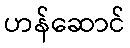
ဟန်ဆောင်